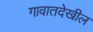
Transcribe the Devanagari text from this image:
गावातदेखील